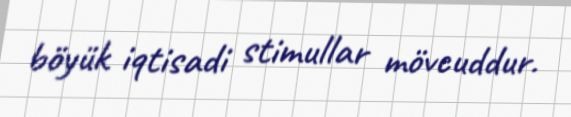
böyük iqtisadi stimullar mövcuddur.